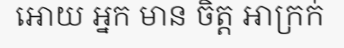
អោយ អ្នក មាន ចិត្ត អាក្រក់